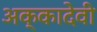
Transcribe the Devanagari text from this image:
अक्कादेवी